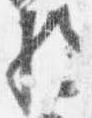
将